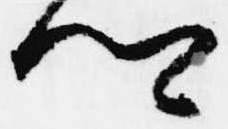
卿